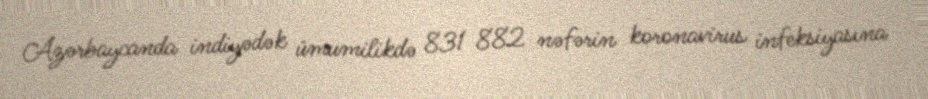
Azərbaycanda indiyədək ümumilikdə 831 882 nəfərin koronavirus infeksiyasına